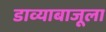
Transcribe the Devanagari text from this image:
डाव्याबाजूला